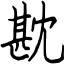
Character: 㽎